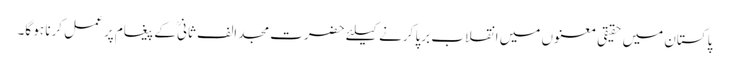
پاکستان میں حقیقی معنوں میں انقلاب برپا کرنے کیلئے حضرت مجد الف ثانیؒ کے پیغام پر عمل کرنا ہو گا۔